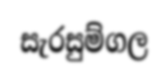
සැරසුම්ගල